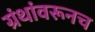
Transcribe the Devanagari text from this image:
ग्रंथांवरूनच